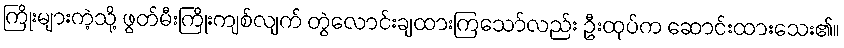
ကြိုးများကဲ့သို့ ဖွတ်မီးကြိုးကျစ်လျက် တွဲလောင်းချထားကြသော်လည်း ဦးထုပ်က ဆောင်းထားသေး၏။